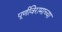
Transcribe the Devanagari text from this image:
पूर्णविरामाच्या